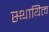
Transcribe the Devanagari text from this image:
स्थायित्‍व